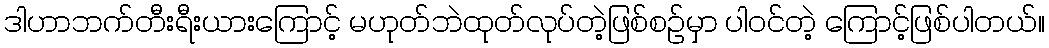
ဒါဟာဘက်တီးရီးယားကြောင့် မဟုတ်ဘဲထုတ်လုပ်တဲ့ဖြစ်စဉ်မှာ ပါဝင်တဲ့ ကြောင့်ဖြစ်ပါတယ်။